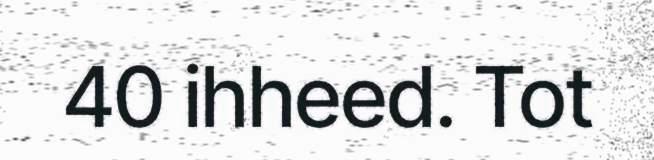
40 ihheed. Tot